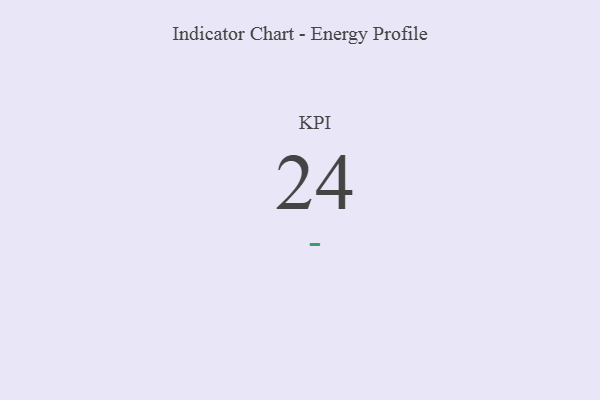
{"axis": {"x": "KPI", "y": "Value"}, "legend": [""], "data": [{"x": "KPI", "y": 24, "type": ""}]}